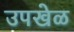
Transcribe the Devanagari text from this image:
उपखेळ